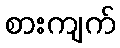
စားကျက်